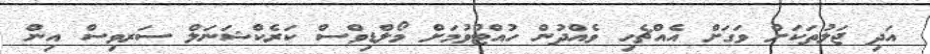
އަދި ޖަލުތަކަށް ވަގަށް އެއްޗެހި ވެއްދުން ހުއްޓުވުމަށް މޯލްޑިވްސް ކަރެކްޝަނަލް ސަރވިސް އިން